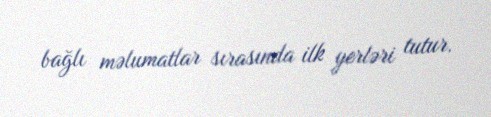
bağlı məlumatlar sırasında ilk yerləri tutur.